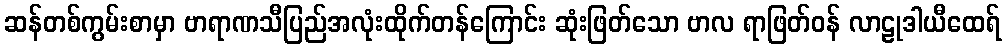
ဆန်တစ်ကွမ်းစာမှာ ဗာရာဏသီပြည်အလုံးထိုက်တန်ကြောင်း ဆုံးဖြတ်သော ဗာလ ရာဖြတ်ဝန် လာဠုဒါယီထေရ်